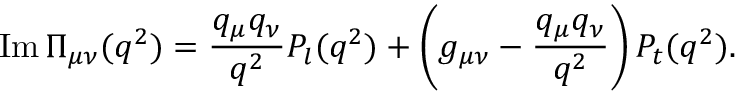
\mathrm { I m \, } { \Pi _ { \mu \nu } ( q ^ { 2 } ) } = { \frac { q _ { \mu } q _ { \nu } } { q ^ { 2 } } } P _ { l } ( q ^ { 2 } ) + \left( { g _ { \mu \nu } } - { \frac { q _ { \mu } q _ { \nu } } { q ^ { 2 } } } \right) P _ { t } ( q ^ { 2 } ) .